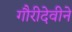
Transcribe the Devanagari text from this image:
गौरीदेवीने